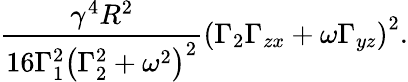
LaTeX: \frac{\gamma^{4}R^{2}}{16\Gamma_{1}^{2}\left(\Gamma_{2}^{2}+\omega^{2}\right)^{2}}\left(\Gamma_{2}\Gamma_{zx}+\omega\Gamma_{yz}\right)^{2}.